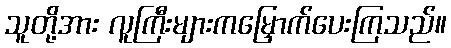
သူတို့အား လူကြီးများကမြှောက်ပေးကြသည်။